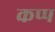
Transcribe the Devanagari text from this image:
कप्प